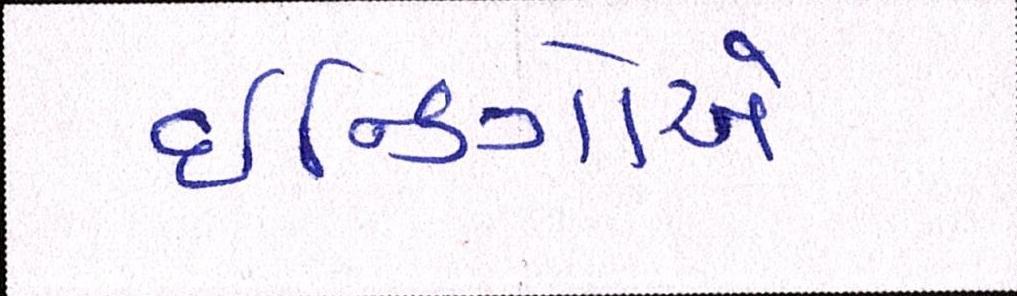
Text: ઇન્ડિગોએ